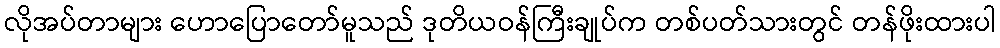
လိုအပ်တာများ ဟောပြောတော်မူသည် ဒုတိယဝန်ကြီးချုပ်က တစ်ပတ်သားတွင် တန်ဖိုးထားပါ